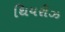
થિયરીઝ